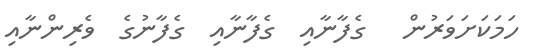
ހަމަކަށަވަރުން   ގެފާނާއި  ގެފާނާއި  ގެފާނުގެ  ވެރިންނާއި